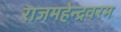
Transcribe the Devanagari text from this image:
राजमहेन्द्रवरम